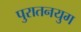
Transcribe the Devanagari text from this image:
पुरातनयुग